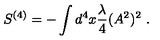
S ^ { ( 4 ) } = - \int d ^ { 4 } x \frac { \lambda } { 4 } ( A ^ { 2 } ) ^ { 2 } \ .